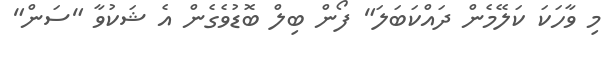
މި ވާހަކަ ކަލޭމެން ދައްކަބަލަ" ފޯން ބިލް ބޮޑުވެގެން އެ ޝަކުވާ "ސަން"